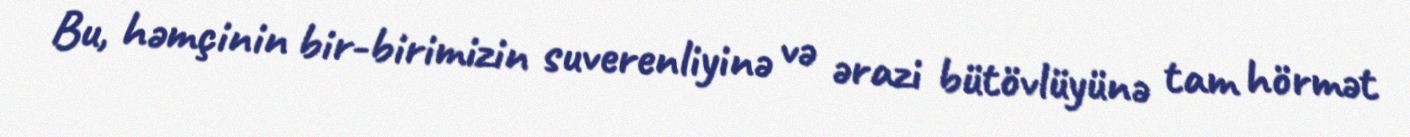
Bu, həmçinin bir-birimizin suverenliyinə və ərazi bütövlüyünə tam hörmət